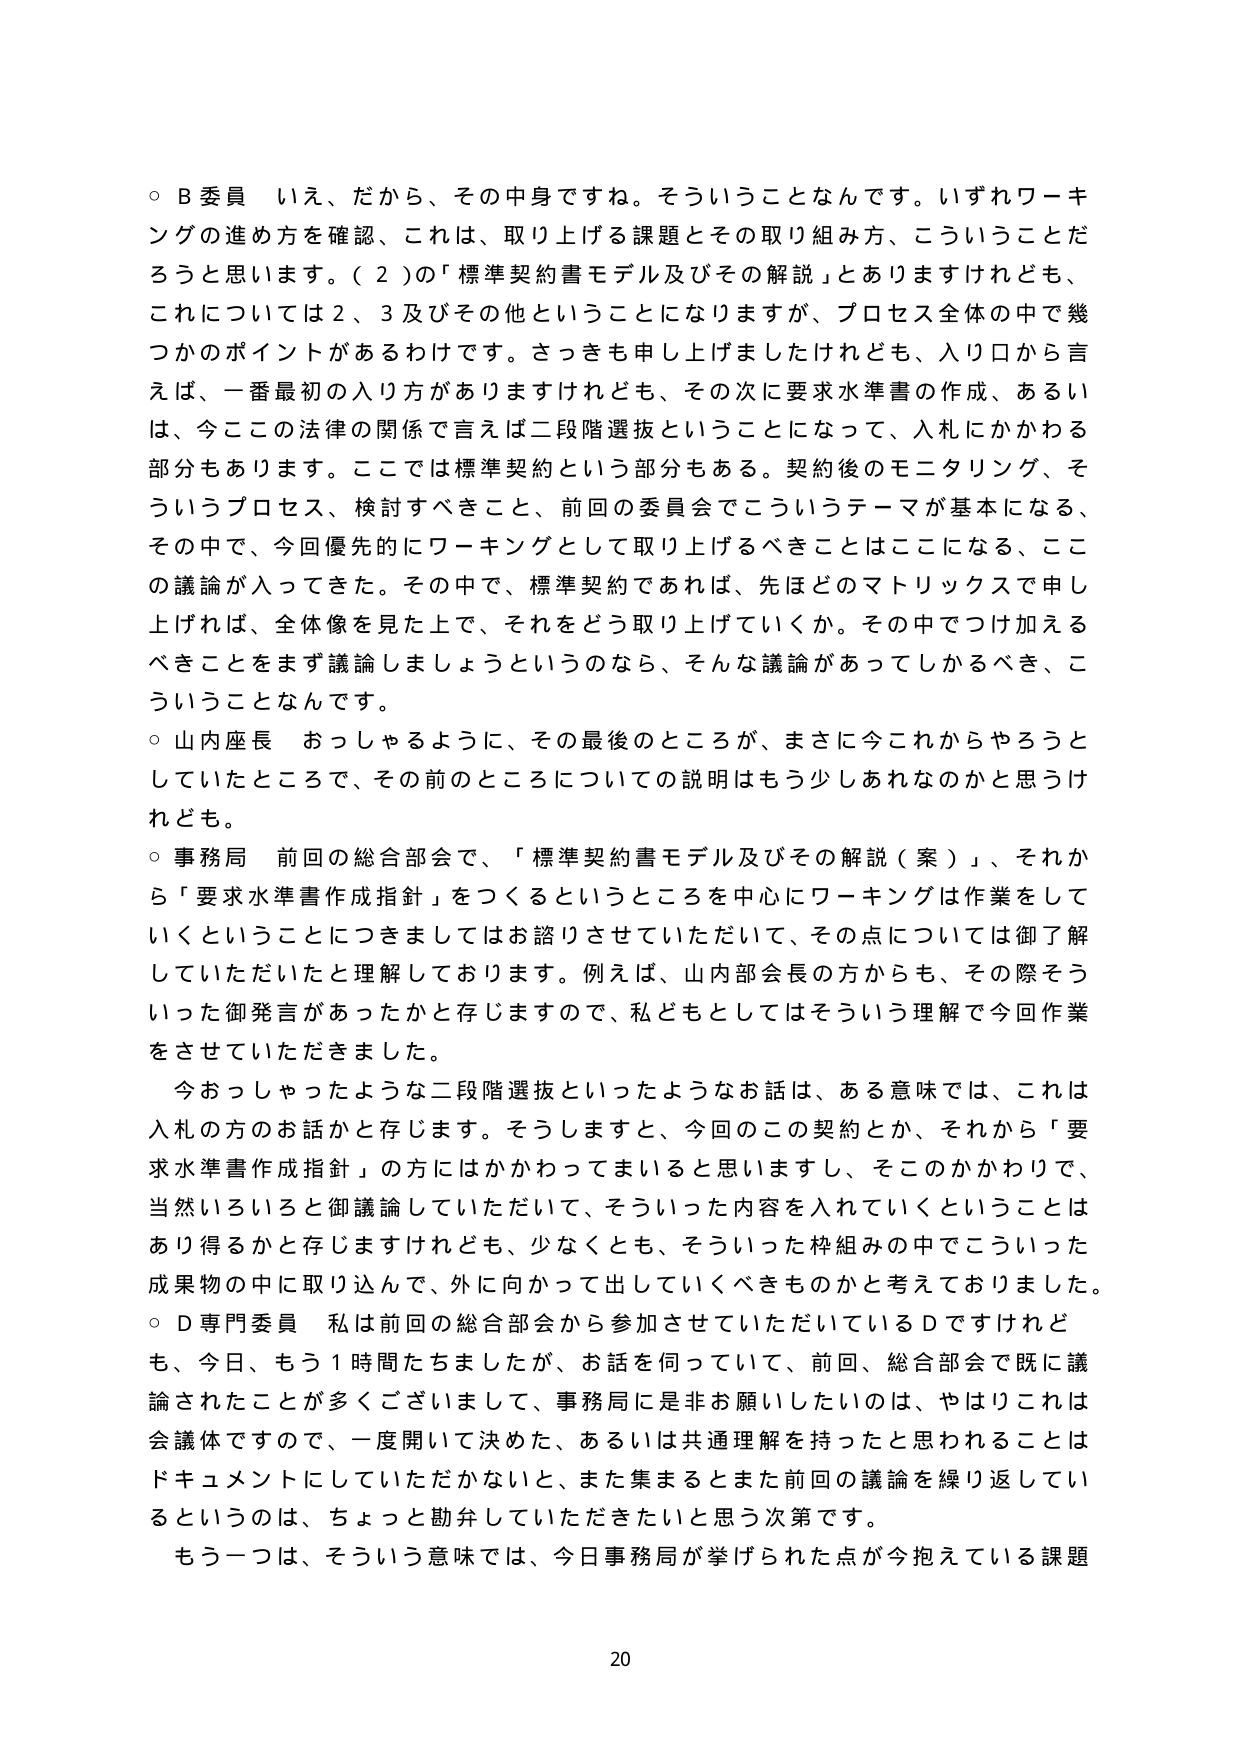
○ B委員 いえ、だから、その中身ですね。そういうことなんです。いずれワーキングの進め方を確認、これは、取り上げる課題とその取り組み方、こういうことだろうと思います。（２）の「標準契約書モデル及びその解説」とありますけれども、これについては２、３及びその他ということになりますが、プロセス全体の中で幾つかのポイントがあるわけです。さっきも申し上げましたけれども、入り口から言えば、一番最初の入り方がありますけれども、その次に要求水準書の作成、あるいは、今この法律の関係で言えば二段階選抜ということになって、入札にかかわる部分もあります。ここでは標準契約という部分もある。契約後のモニタリング、そういうプロセス、検討すべきこと、前回の委員会でこういうテーマが基本になる、その中で、今回優先的にワーキングとして取り上げるべきことはここになる、この議論が入ってきた。その中で、標準契約であれば、先ほどどのマトリックスで申し上げれば、全体像を見た上で、それをどう取り上げていくか。その中でつけ加えるべきことをまず議論しましょうというのなら、そんな議論があってしかるべき、こういうことなんです。

○ 山内座長 おっしゃるように、その最後のところが、まさに今これからやろうとしていたところで、その前のところについての説明はもう少しあれなのかと思うけれども。

○ 事務局 前回の総合部会で、「標準契約書モデル及びその解説（案）」、それから「要求水準書作成指針」をつくるというところを中心にワーキングは作業をしていくということにつきましてはお諮りさせていただいて、その点については御了解していただいたと理解しております。例えば、山内部会長の方からも、その際そういった御発言があったかと存じますので、私どもとしてはそういう理解で今回作業をさせていただきました。

今おっしゃったような二段階選抜といったようなお話は、ある意味では、これは入札の方のお話かと存じます。そうしますと、今回のこの契約とか、それから「要求水準書作成指針」の方にはかかわってまいると思いますし、そこのかかわりで、当然いろいろと御議論していただいて、そういった内容を入れていくということはあり得るかと存じますけれども、少なくとも、そういった枠組みの中でこういった成果物の中に取り込んで、外に向かって出していくべきものかと考えておりました。

○ D専門委員 私は前回の総合部会から参加させていただいているDですけれども、今日、もう１時間たちましたが、お話を伺っていて、前回、総合部会で既に議論されたことが多くございまして、事務局に是非お願いしたいのは、やはりこれは会議体ですので、一度開いて決めた、あるいは共通理解を持ったと思われることはドキュメントにしていただかないと、また集まるとまた前回の議論を繰り返しているというのは、ちょっと勘弁していただきたいと思う次第です。

もう一つは、そういう意味では、今日事務局が挙げられた点が今抱えている課題

20